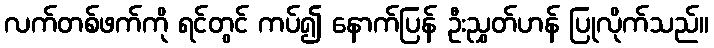
လက်တစ်ဖက်ကို ရင်တွင် ကပ်၍ နောက်ပြန် ဦးညွှတ်ဟန် ပြုလိုက်သည်။